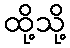
ထို့သို့